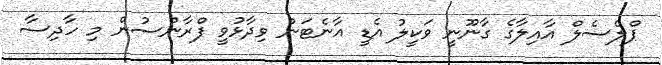
ޕްލެސެލް އާއިލާގެ ގާނޫނީ ވަކީލު އެޑީ އާނެޓަން ވިދާޅުވީ ފްރާންސުން މި ހާދިސާ